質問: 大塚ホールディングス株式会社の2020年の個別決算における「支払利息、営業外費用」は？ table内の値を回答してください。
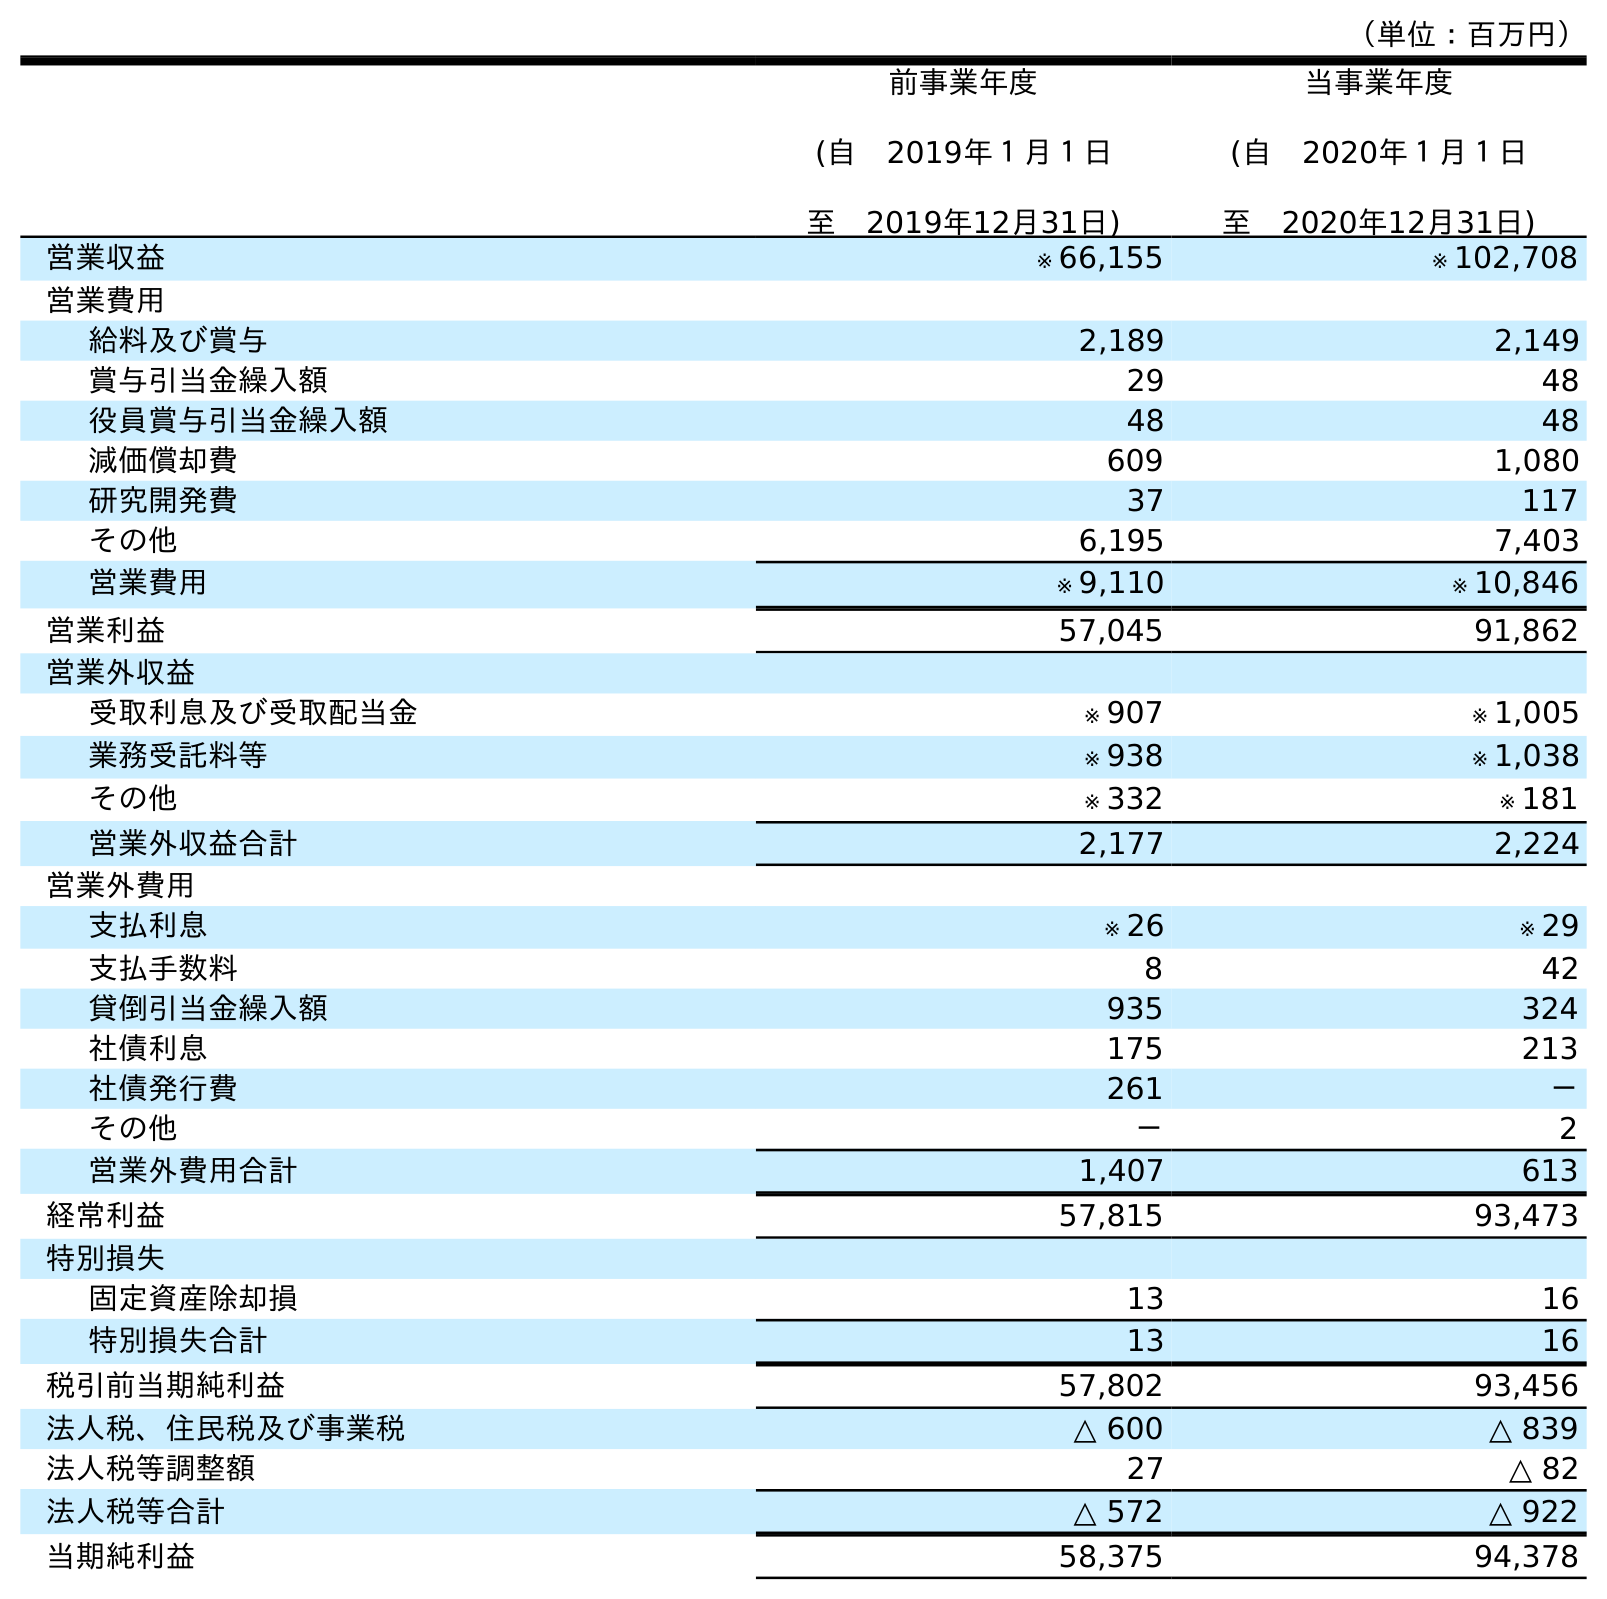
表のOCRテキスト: （単位：百万円） 前事業年度 (自 2019年１月１日 至 2019年12月31日) 当事業年度 (自 2020年１月１日 至 2020年12月31日) 営業収益 ※ 66,155 ※ 102,708 営業費用 給料及び賞与 2,189 2,149 賞与引当金繰入額 29 48 役員賞与引当金繰入額 48 48 減価償却費 609 1,080 研究開発費 37 117 その他 6,195 7,403 営業費用 ※ 9,110 ※ 10,846 営業利益 57,045 91,862 営業外収益 受取利息及び受取配当金 ※ 907 ※ 1,005 業務受託料等 ※ 938 ※ 1,038 その他 ※ 332 ※ 181 営業外収益合計 2,177 2,224 営業外費用 支払利息 ※ 26 ※ 29 支払手数料 8 42 貸倒引当金繰入額 935 324 社債利息 175 213 社債発行費 261 － その他 － 2 営業外費用合計 1,407 613 経常利益 57,815 93,473 特別損失 固定資産除却損 13 16 特別損失合計 13 16 税引前当期純利益 57,802 93,456 法人税、住民税及び事業税 △ 600 △ 839 法人税等調整額 27 △ 82 法人税等合計 △ 572 △ 922 当期純利益 58,375 94,378
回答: ※29